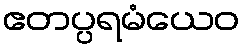
ဧတပ္ပရမံယေဝ